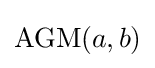
\operatorname {AGM} (a,b)